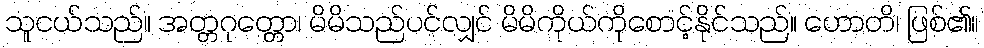
သူငယ်သည်။ အတ္တဂုတ္တော၊ မိမိသည်ပင်လျှင် မိမိကိုယ်ကိုစောင့်နိုင်သည်။ ဟောတိ၊ ဖြစ်၏။